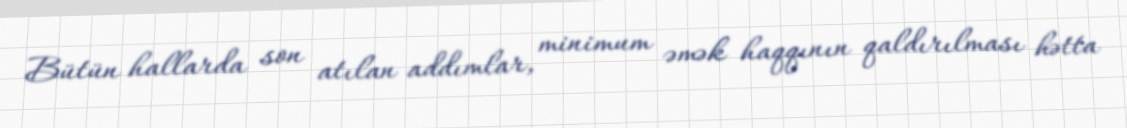
Bütün hallarda son atılan addımlar, minimum əmək haqqının qaldırılması hətta